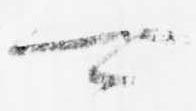
可